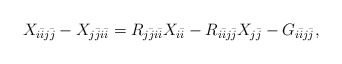
\begin{align*}\begin{aligned} X_{i\bar ij\bar j} - X_{j\bar ji\bar i} &= R_{j\bar ji\bar i}X_{i\bar i} - R_{i\bar ij\bar j}X_{j\bar j} - G_{i\bar ij\bar j},\end{aligned}\end{align*}